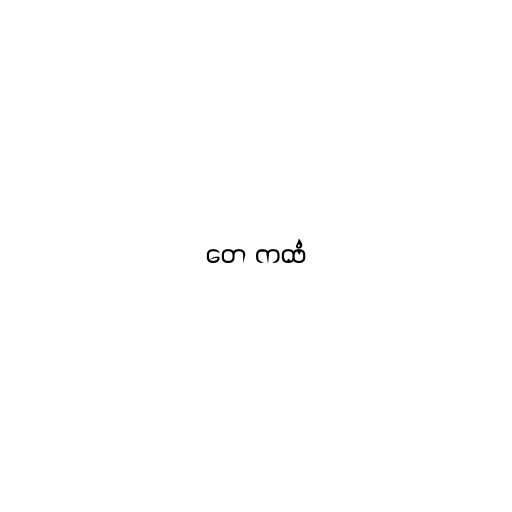
တေ ကထံ